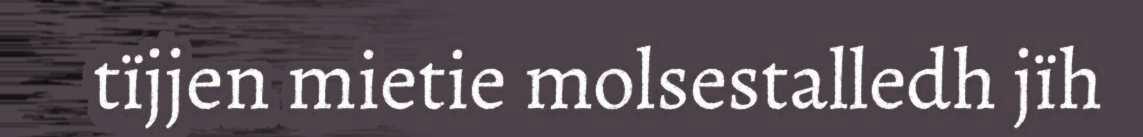
tïjjen mietie molsestalledh jïh